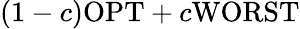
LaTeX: (1-c)\mathrm{OPT}+c\mathrm{WORST}